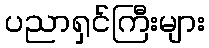
ပညာရှင်ကြီးများ